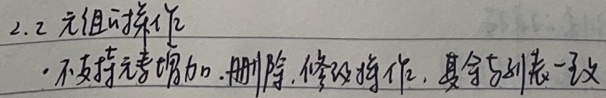
2.2 元组的操作
- 不支持元素增加、删除、修改操作，其余与列表一致